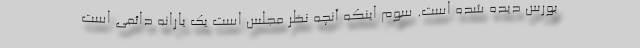
بورس دیده شده است. سوم اینکه آنچه نظر مجلس است یک یارانه دائمی است